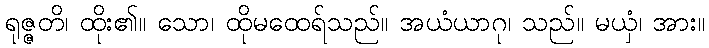
ရုဇ္ဇတိ၊ ထိုး၏။ သော၊ ထိုမထေရ်သည်။ အယံယာဂု၊ သည်။ မယှံ၊ အား။